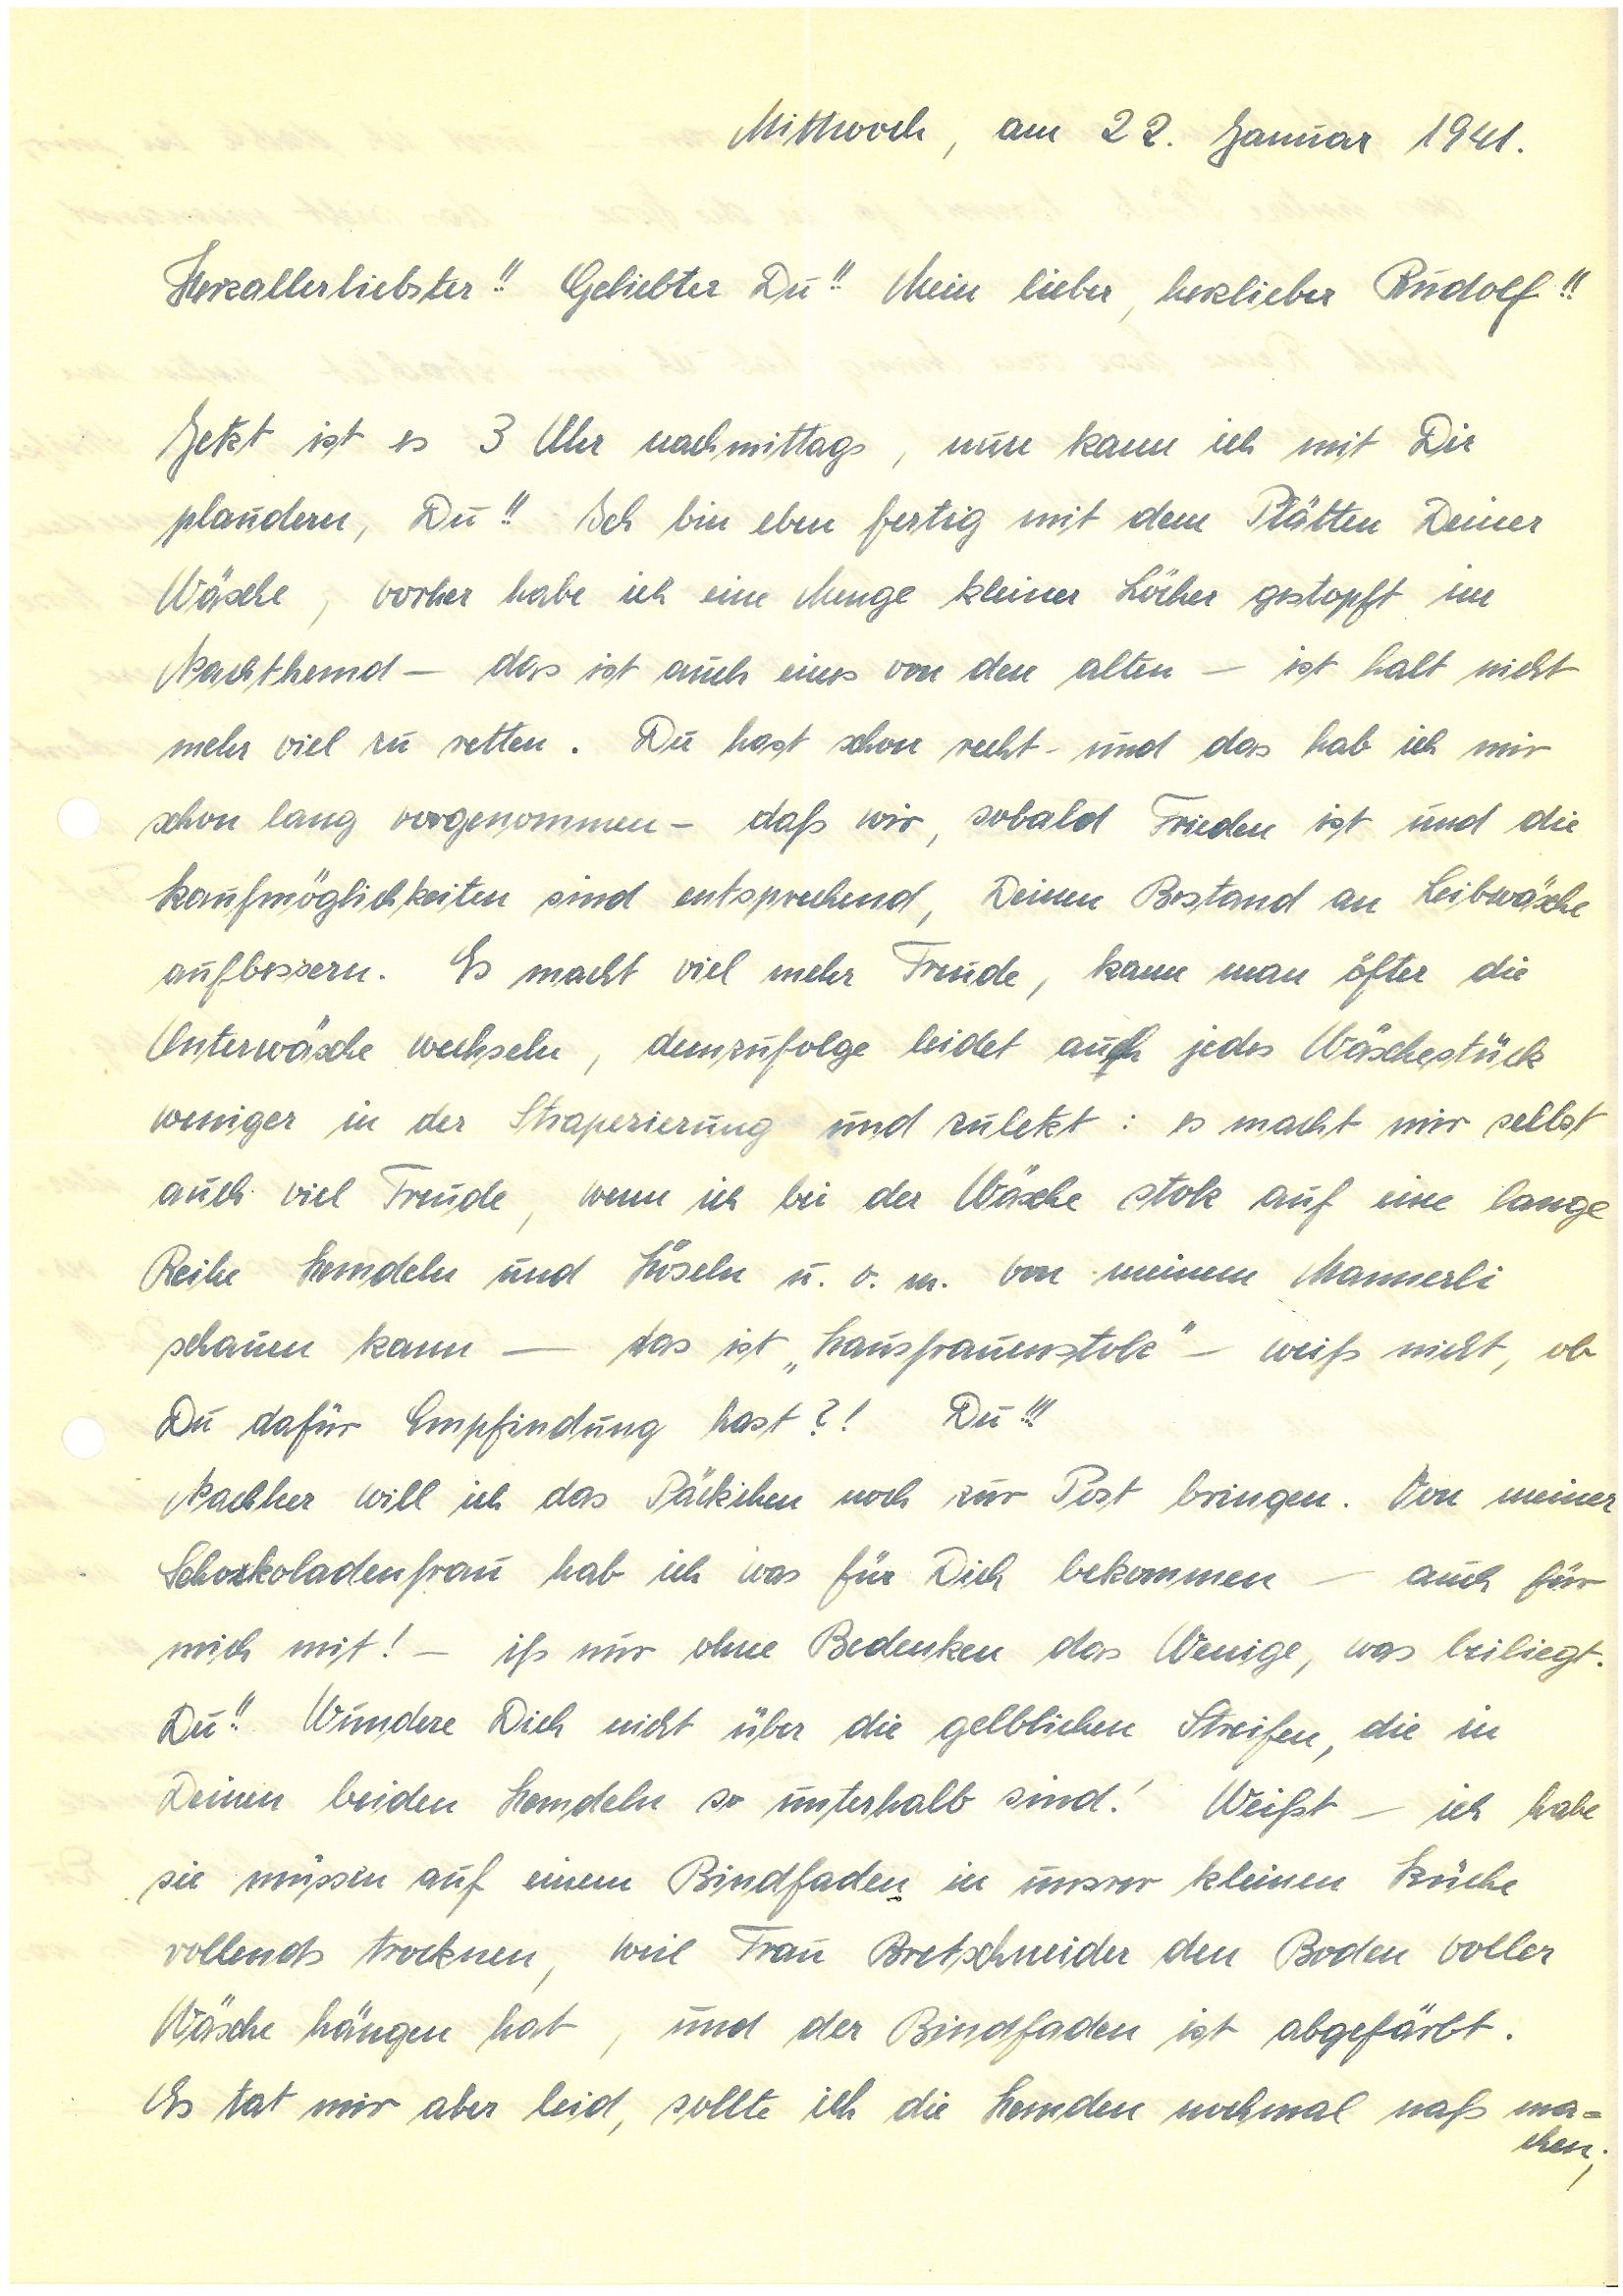
Mittwoch, am 22. Januar 1941.
Herzallerliebster!! Geliebter Du!! Mein lieber, herzlieber!!
Jetzt ist es 3 Uhr nachmittags, nun kann ich mit Dir
plaudern, Du!! Ich bin eben fertig mit dem Plätten Deiner
Wäsche, vorher habe ich eine Menge kleiner Löcher gestopft im
Nachthemd – das ist auch eines von den alten – ist halt nicht
mehr viel zu retten. Du hast schon recht – und das hab ich mir
schon lang vorgenommen – daß wir, sobald Frieden ist und die
Kaufmöglichkeiten sind entsprechend, Deinen Bestand an Leibwäsche
aufbessern. Es macht viel mehr Freude, kann man öfter die
Unterwäsche wechseln, demzufolge leidet auch jedes Wäschestück
weniger in der Strapezierung und zuletzt: es macht mir selbst
auch viel Freude, wenn ich bei der Wäsche stolz auf eine lange
Reihe Hemdeln und Höseln u.v.m. von meinem Mannerli
schauen kann – das ist „Hausfrauenstolz” – weiß nicht, ob
Du dafür Empfindung hast?! Du!!!
Nachher will ich das Päckchen noch zur Post bringen. Von meiner
Schokoladenfrau hab ich was für Dich bekommen – auch für
mich mit! – iß mir ohne Bedenken das Wenige, was beiliegt.
Du!! Wundere Dich nicht über die gelblichen Streifen, die in
Deinen beiden Hemdeln so unterhalb sind! Weißt – ich habe
sie müssen aus einem Bindfaden in unsrer kleinen Küche
vollends trocknen, weil Frau B. den Boden voller
Wäsche hängen hat, und der Bindfaden ist abgefärbt.
Es tat mir aber leid, sollte ich die Hemden nochmal naß ma¬
chen;